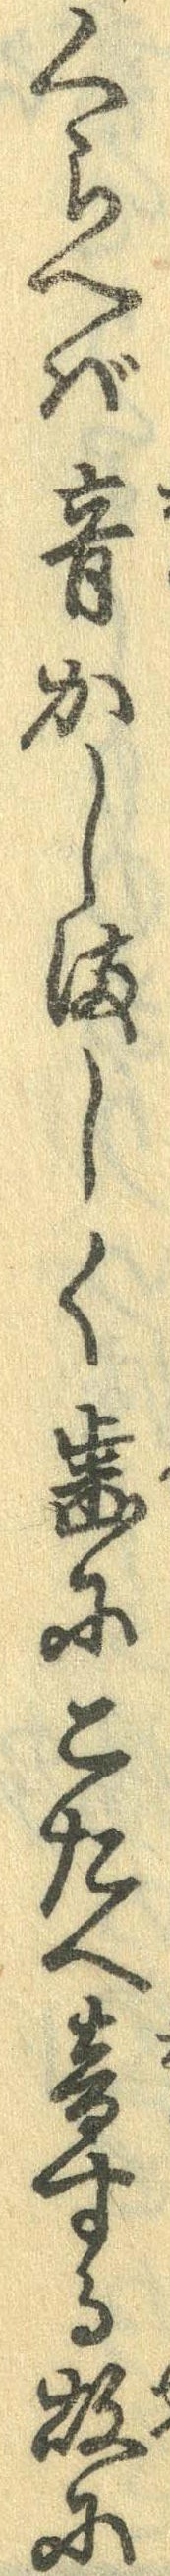
くらへば音かしましく歯にこたへ音する故に